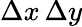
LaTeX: \Delta x\, \Delta y